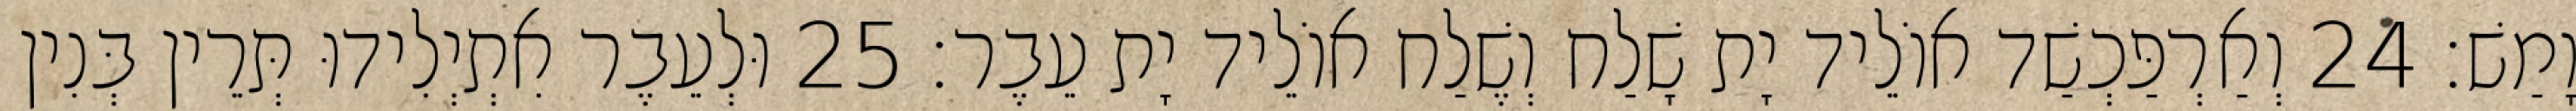
וָמַשׁ׃ 24 וְאַרְפַּכְשַׁד אוֹלֵיד יָת שָׁלַח וְשֶׁלַח אוֹלֵיד יָת עֵבֶר׃ 25 וּלְעֵבֶר אִתְיְלִידוּ תְּרֵין בְּנִין